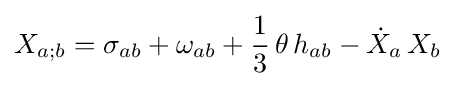
X_{a;b}=\sigma _{ab}+\omega _{ab}+{\frac {1}{3}}\,\theta \,h_{ab}-{\dot {X}}_{a}\,X_{b}